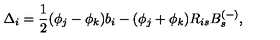
\Delta _ { i } = \frac { 1 } { 2 } ( \phi _ { j } - \phi _ { k } ) b _ { i } - ( \phi _ { j } + \phi _ { k } ) R _ { i s } B _ { s } ^ { ( - ) } ,